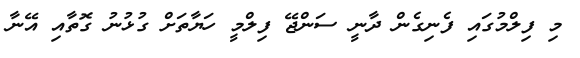
މި ފިލްމުގައި ފެނިގެން ދާނީ ސަންޖޭ ފިލްމީ ހަޔާތަށް ގުޅުނު ގޮތާއި އޭނާ